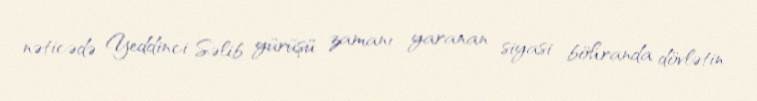
nəticədə Yeddinci Səlib yürüşü zamanı yaranan siyasi böhranda dövlətin